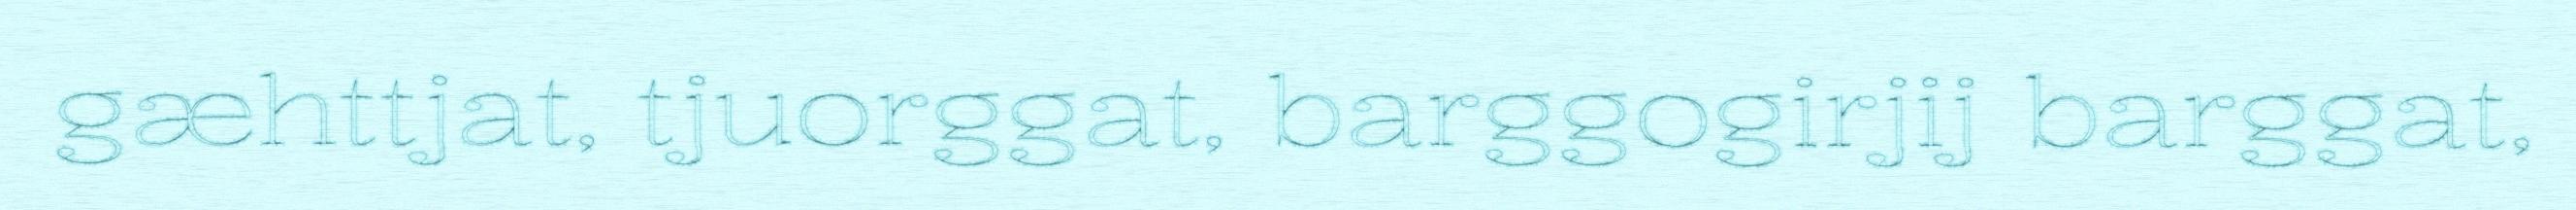
gæhttjat, tjuorggat, barggogirjij barggat,